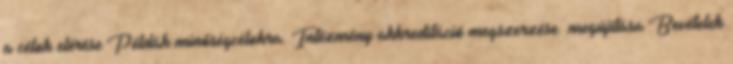
a célok elérése Példák minőségcélokra: Intézmény akkreditáció megszerzése megújítása Bevételek